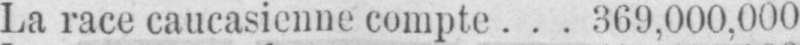
La race caucasienne compte ... 369,000,000